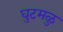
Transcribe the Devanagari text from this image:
घुटमळु